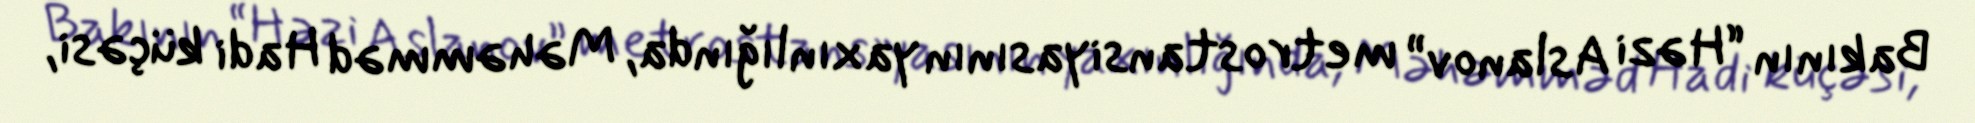
Bakının “Həzi Aslanov” metrostansiyasının yaxınlığında, Məhəmməd Hadi küçəsi,